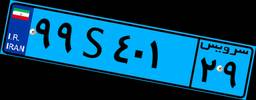
۹۹S۴۰۱۲۹